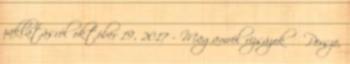
zaklatásról október 19, 2017 - Magamról rizsázok Persze,